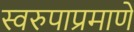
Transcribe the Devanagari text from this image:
स्वरुपाप्रमाणे